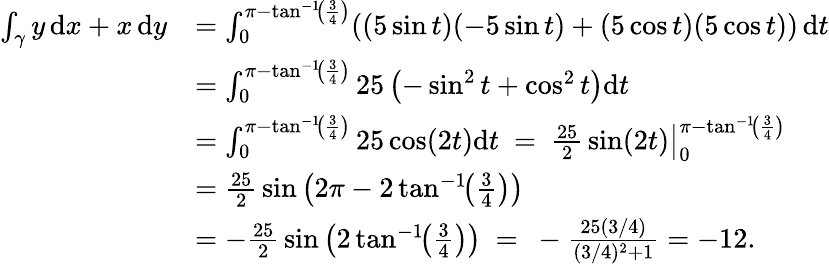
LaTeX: {\begin{array}{rl}{\int_{\gamma}y\, \mathrm{d}x+x\, \mathrm{d}y}&{=\int_{0}^{\pi-\tan^{-1}\! \left({\frac{3}{4}}\right)}((5\sin t)(-5\sin t)+(5\cos t)(5\cos t))\, \mathrm{d}t}\\ &{=\int_{0}^{\pi-\tan^{-1}\! \left({\frac{3}{4}}\right)}25\left(-\sin^{2}t+\cos^{2}t\right)\mathrm{d}t}\\ &{=\int_{0}^{\pi-\tan^{-1}\! \left({\frac{3}{4}}\right)}25\cos(2t)\mathrm{d}t\ =\ \left.{\frac{25}{2}}\sin(2t)\right|_{0}^{\pi-\tan^{-1}\! \left({\frac{3}{4}}\right)}}\\ &{={\frac{25}{2}}\sin\left(2\pi-2\tan^{-1}\! \! \left({\frac{3}{4}}\right)\right)}\\ &{=-{\frac{25}{2}}\sin\left(2\tan^{-1}\! \! \left({\frac{3}{4}}\right)\right)\ =\ -{\frac{25(3/4)}{(3/4)^{2}+1}}=-12.}\end{array}}